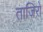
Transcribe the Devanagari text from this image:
ताजिरों